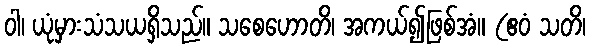
ဝါ၊ ယုံမှားသံသယရှိသည်။ သစေဟောတိ၊ အကယ်၍ဖြစ်အံ။ (ဧဝံ သတိ၊